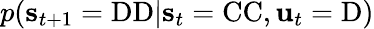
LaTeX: p(\mathbf{s}_{t+1}=\mathrm{DD}|\mathbf{s}_{t}=\mathrm{CC},\mathbf{u}_{t}=\mathrm{D})